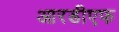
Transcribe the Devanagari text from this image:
आरडीएफ